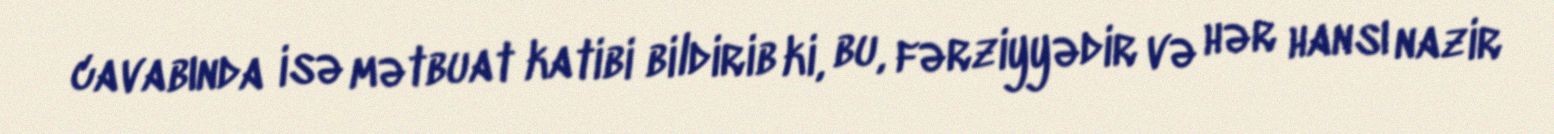
cavabında isə mətbuat katibi bildirib ki, bu, fərziyyədir və hər hansı nazir